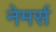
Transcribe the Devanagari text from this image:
नेमर्स